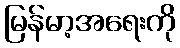
မြန်မာ့အရေးကို